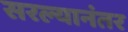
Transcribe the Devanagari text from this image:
सरल्यानंतर